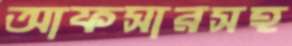
আফসারসহ